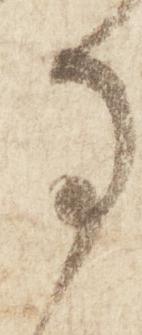
事